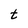
Character: t